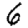
Digit: 6